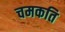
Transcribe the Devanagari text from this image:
चमकति